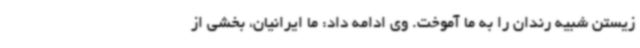
زیستن شبیه رندان را به ما آموخت. وی ادامه داد: ما ایرانیان، بخشی از